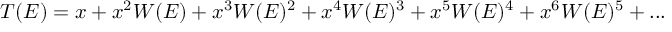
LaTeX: T ( E ) = x + x ^ { 2 } W ( E ) + x ^ { 3 } W ( E ) ^ { 2 } + x ^ { 4 } W ( E ) ^ { 3 } + x ^ { 5 } W ( E ) ^ { 4 } + x ^ { 6 } W ( E ) ^ { 5 } + . . .